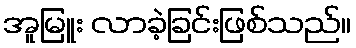
အူမြူး လာခဲ့ခြင်းဖြစ်သည်။